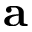
\mathbf { a }